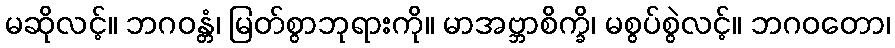
မဆိုလင့်။ ဘဂဝန္တံ၊ မြတ်စွာဘုရားကို။ မာအဗ္ဘာစိက္ခိ၊ မစွပ်စွဲလင့်။ ဘဂဝတော၊